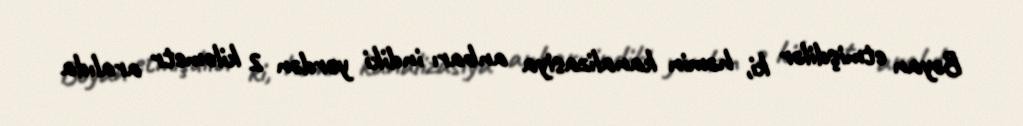
Bəyan etmişdilər ki, həmin kanalizasiya anbarı indiki yerdən 2 kilometr aralıda